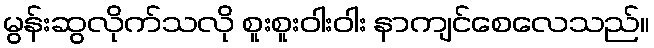
မွန်းဆွလိုက်သလို စူးစူးဝါးဝါး နာကျင်စေလေသည်။